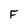
Character: F